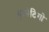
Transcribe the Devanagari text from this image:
इम्पेटिगो